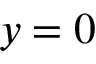
y = 0